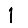
Digit: 1